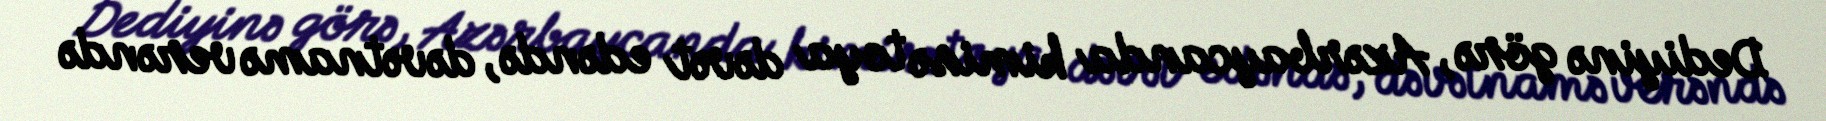
Dediyinə görə, Azərbaycanda kimisə toya dəvət edəndə, dəvətnamə verəndə